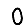
Digit: 0